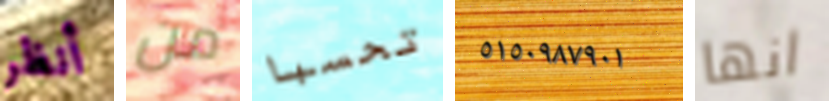
أنظر من تحسبا ٥١٥٠٩٨٧٩٠١ انها